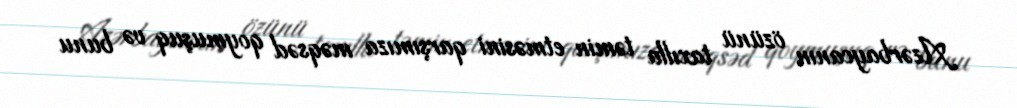
Azərbaycanın özünü taxılla təmin etməsini qarşımıza məqsəd qoymuşuq və bunu